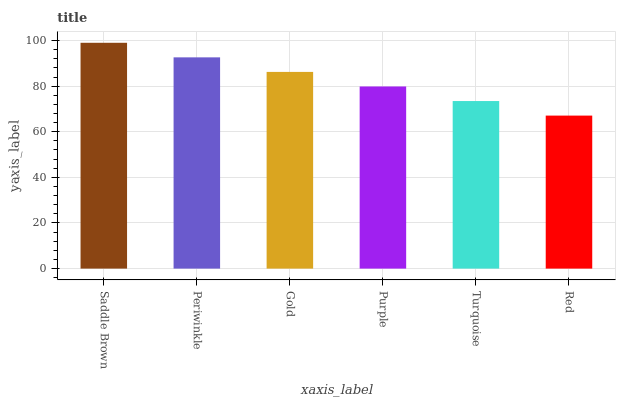
| xaxis_label | bars |
 | --- | --- |
 | Saddle Brown | 99 |
 | Periwinkle | 92.6 |
 | Gold | 86.2 |
 | Purple | 79.8 |
 | Turquoise | 73.5 |
 | Red | 67.1 |